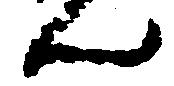
ん